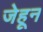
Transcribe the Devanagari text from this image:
जेहून